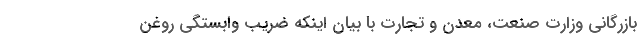
بازرگانی وزارت صنعت، معدن و تجارت با بیان اینکه ضریب وابستگی روغن